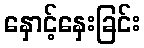
နှောင့်နှေးခြင်း